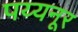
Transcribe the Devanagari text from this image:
पय्यनूर